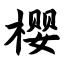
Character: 樱